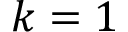
k = 1